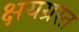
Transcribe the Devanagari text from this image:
क्षयग्रस्त